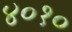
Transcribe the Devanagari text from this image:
४०१०